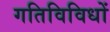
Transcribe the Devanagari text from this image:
गतिविविधों